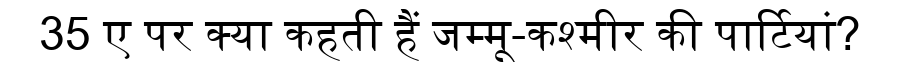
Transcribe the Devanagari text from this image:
35 ए पर क्या कहती हैं जम्मू-कश्मीर की पार्टियां?